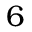
6